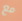
مع